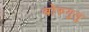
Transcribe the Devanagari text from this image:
बोरुगुलु